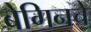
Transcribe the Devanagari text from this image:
बेगिनचे